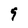
Character: 9